King Institute of Preventive Medicine Micro-Biological Section reports 1912-19
Year: 1912
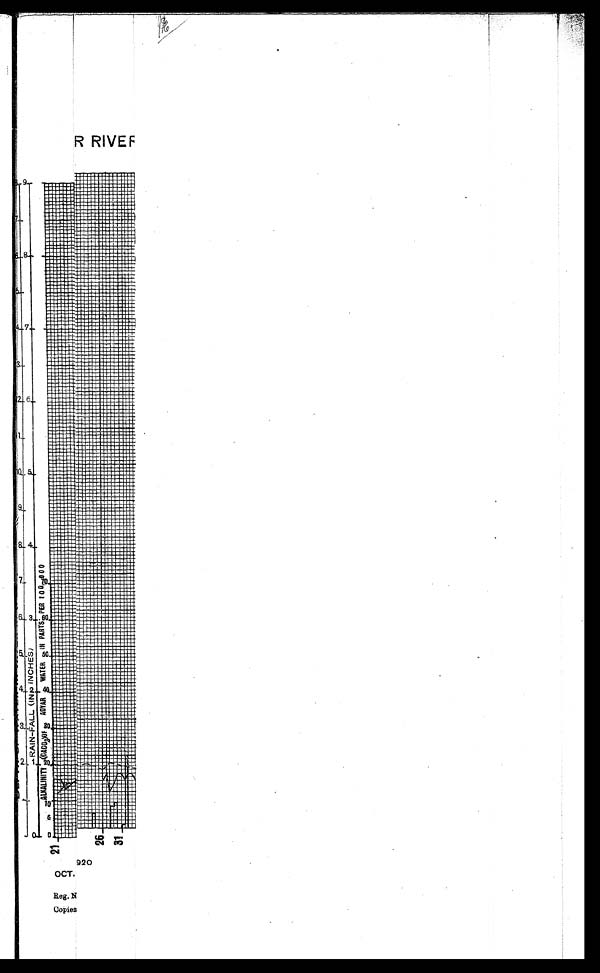
O C T .
R e g . N o
C o p i e s .
R R I V E R .